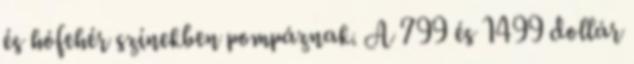
és hófehér színekben pompáznak. A 799 és 1499 dollár